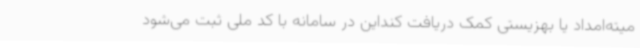
میته‌امداد یا بهزیستی کمک دریافت کنداین در سامانه با کد ملی ثبت می‌شود